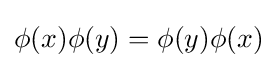
\phi (x)\phi (y)=\phi (y)\phi (x)